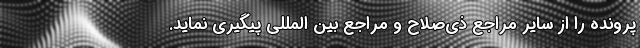
پرونده را از سایر مراجع ذی‌صلاح و مراجع بین المللی پیگیری نماید.